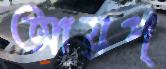
আয়প্